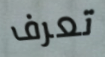
تعرف